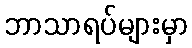
ဘာသာရပ်များမှာ